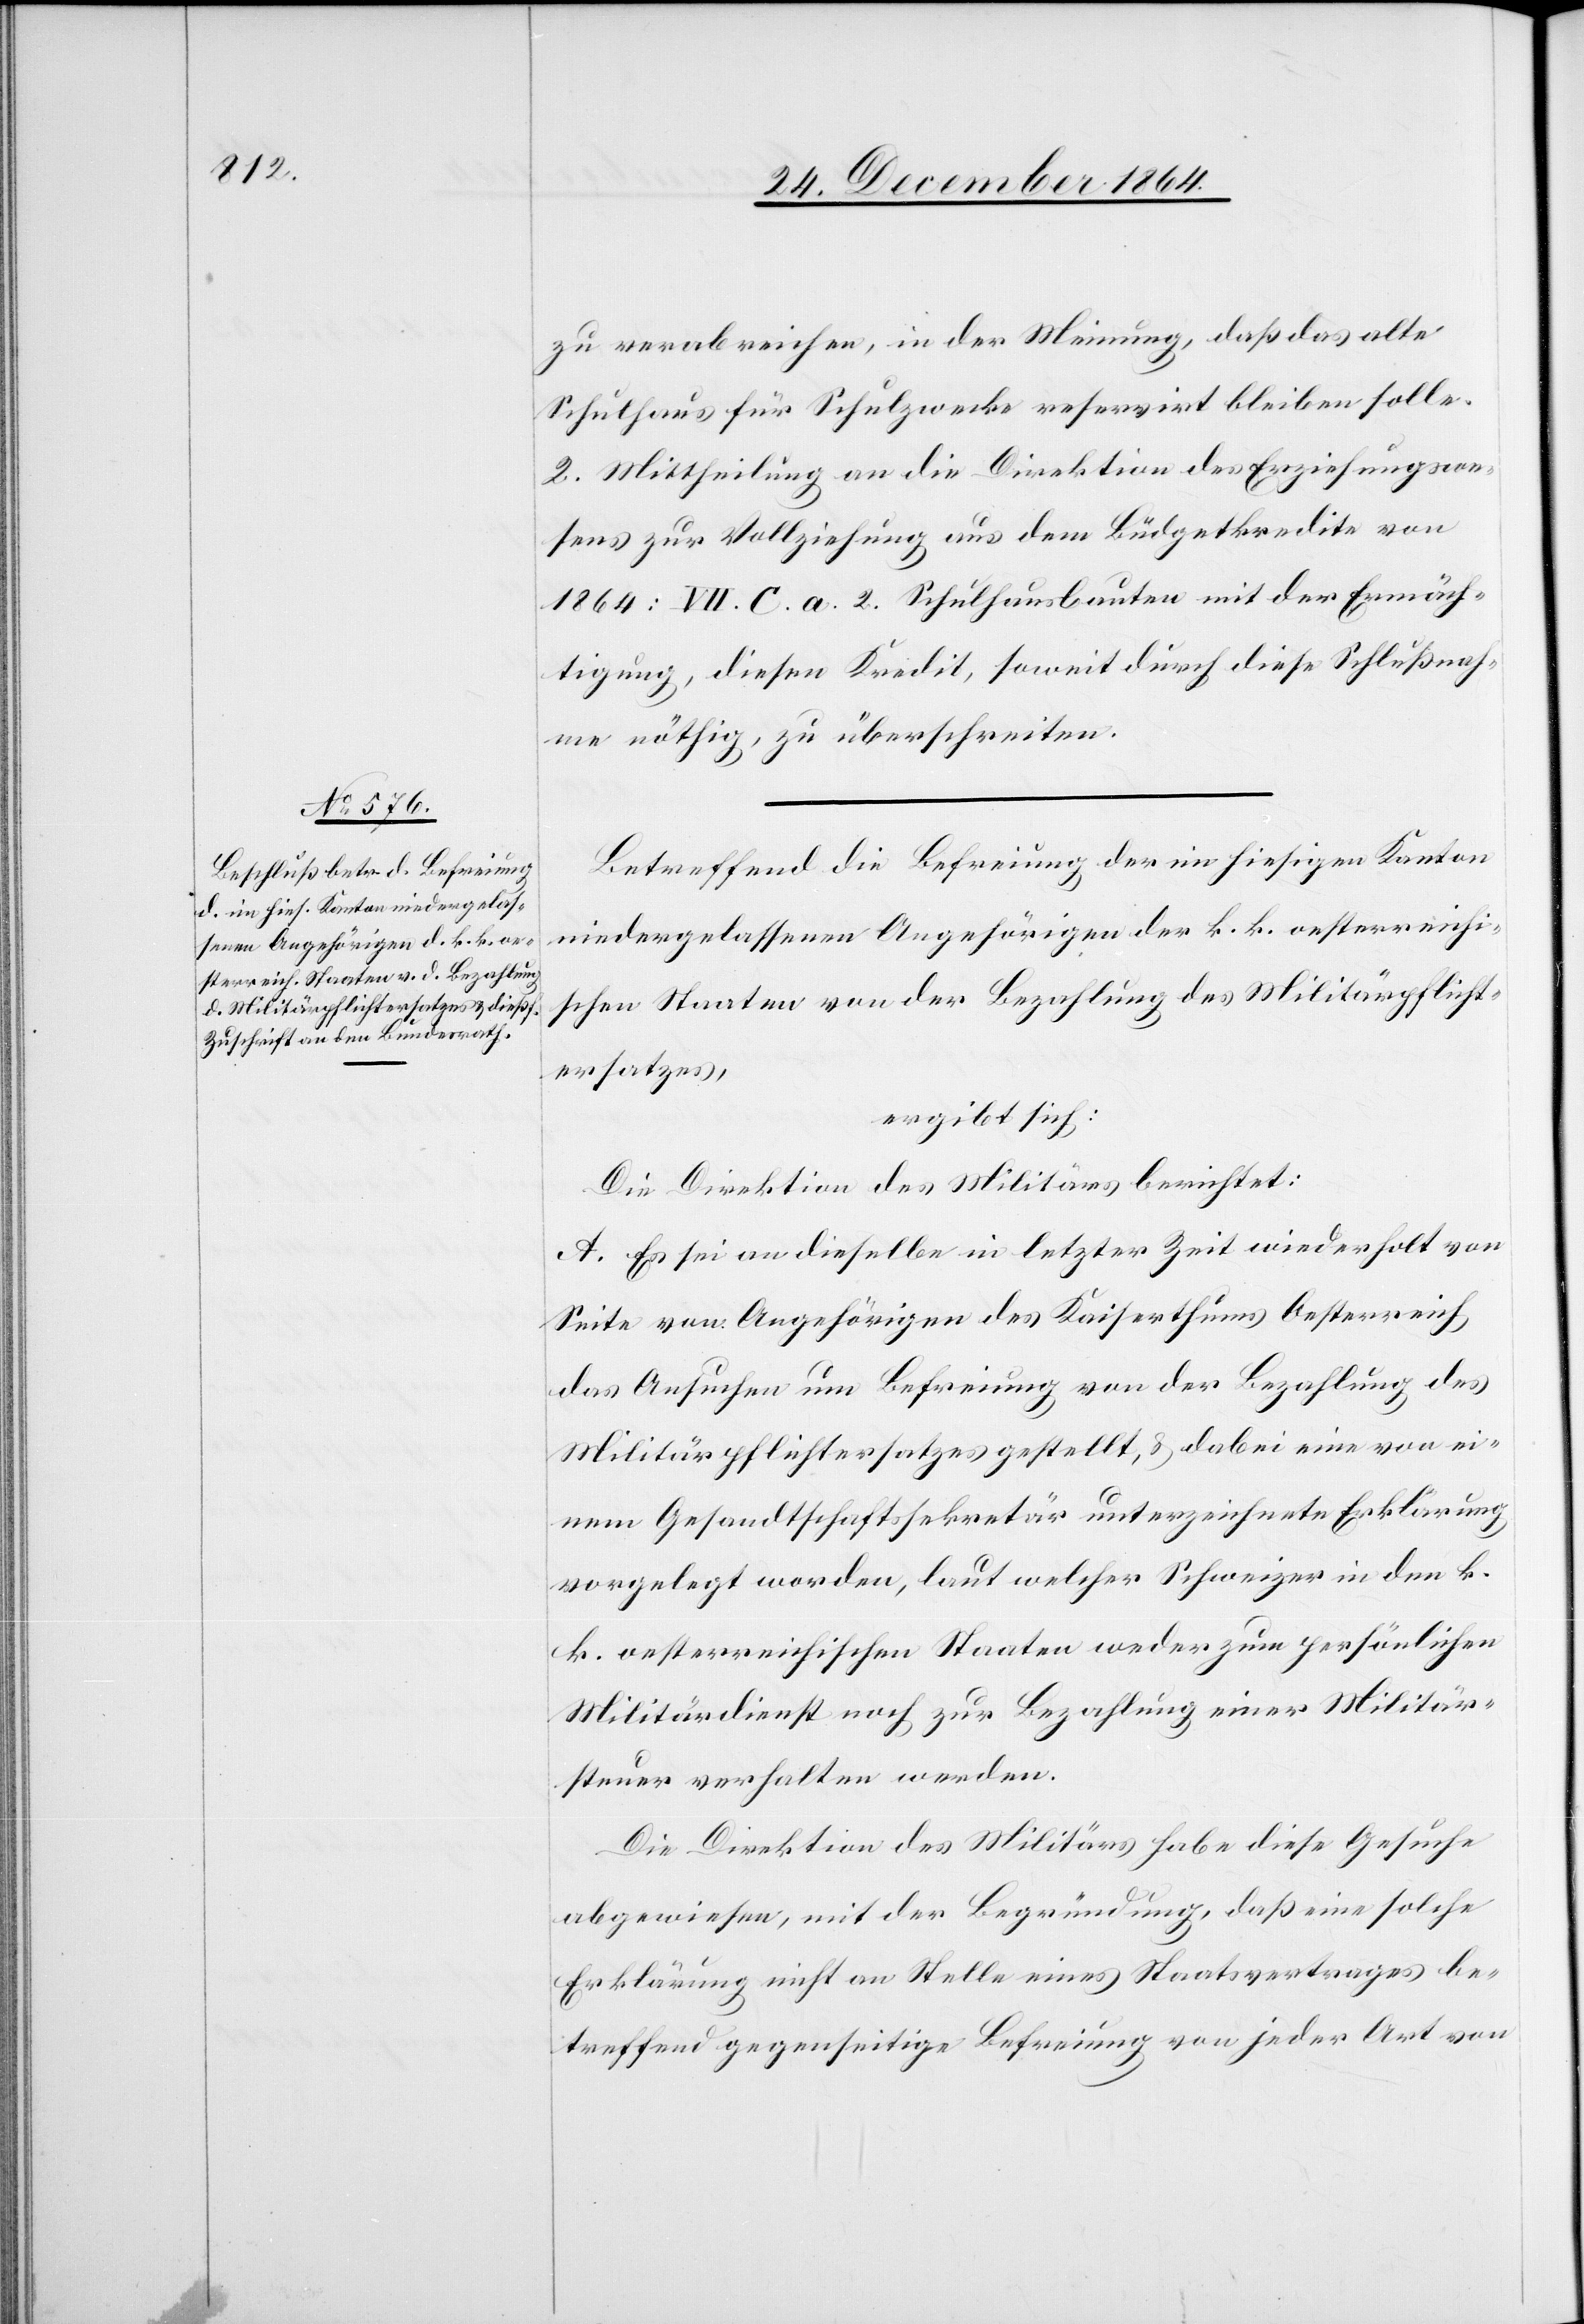
zu verabreichen, in der Meinung, daß das alte
Schulhaus für Schulzwecke reservirt bleiben solle.
2. Mittheilung an die Direktion des Erziehungswe¬
sens zur Vollziehung aus dem Büdgetkredite von
1864: VII. C. a. 2 Schulhausbauten mit der Ermäch¬
tigung, diesen Kredit, soweit durch diese Schlußnah¬
me nöthig, zu überschreiten.
Betreffend die Befreiung der im hiesigen Kanton
niedergelassenen Angehörigen der k. k. oesterreichi¬
schen Staaten von der Bezahlung des Militärpflicht¬
ersatzes,
ergibt sich:
Die Direktion des Militärs berichtet:
A. Es sei an dieselbe in letzter Zeit wiederholt von
Seite von Angehörigen des Kaiserthums Oesterreich
das Ansuchen um Befreiung von der Bezahlung des
Militärpflichtersatzes gestellt, & dabei eine von ei¬
nem Gesandtschaftssekretär unterzeichnete Erklärung
vorgelegt worden, laut welcher Schweizer in den k.
k. oesterreichischen Staaten weder zum persönlichen
Militärdienst noch zur Bezahlung einer Militär¬
steuer angehalten werden.
Die Direktion des Militärs habe diese Gesuche
abgewiesen, mit der Begründung, daß eine solche
Erklärung nicht an Stelle eines Staatsvertrages be¬
treffend gegenseitige Befreiung von jeder Art von